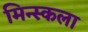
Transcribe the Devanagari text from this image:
मिन्स्कला